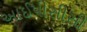
આઈપીસીસી